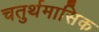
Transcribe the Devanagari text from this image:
चतुर्थमासिक